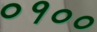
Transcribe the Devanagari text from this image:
०१००